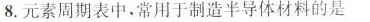
8.元素周期表中，常用于制造半导体材料的是